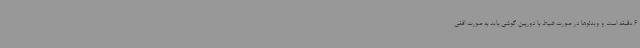
6 دقیقه است و ویدئوها در صورت ضبط با دوربین گوشی باید به صورت افقی